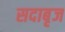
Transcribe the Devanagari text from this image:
सदाबृज